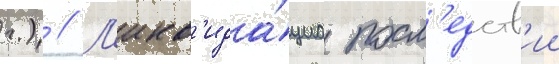
г.) // Л'икв'ида́циа посл'едств'ии